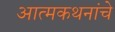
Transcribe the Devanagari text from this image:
आत्मकथनांचे